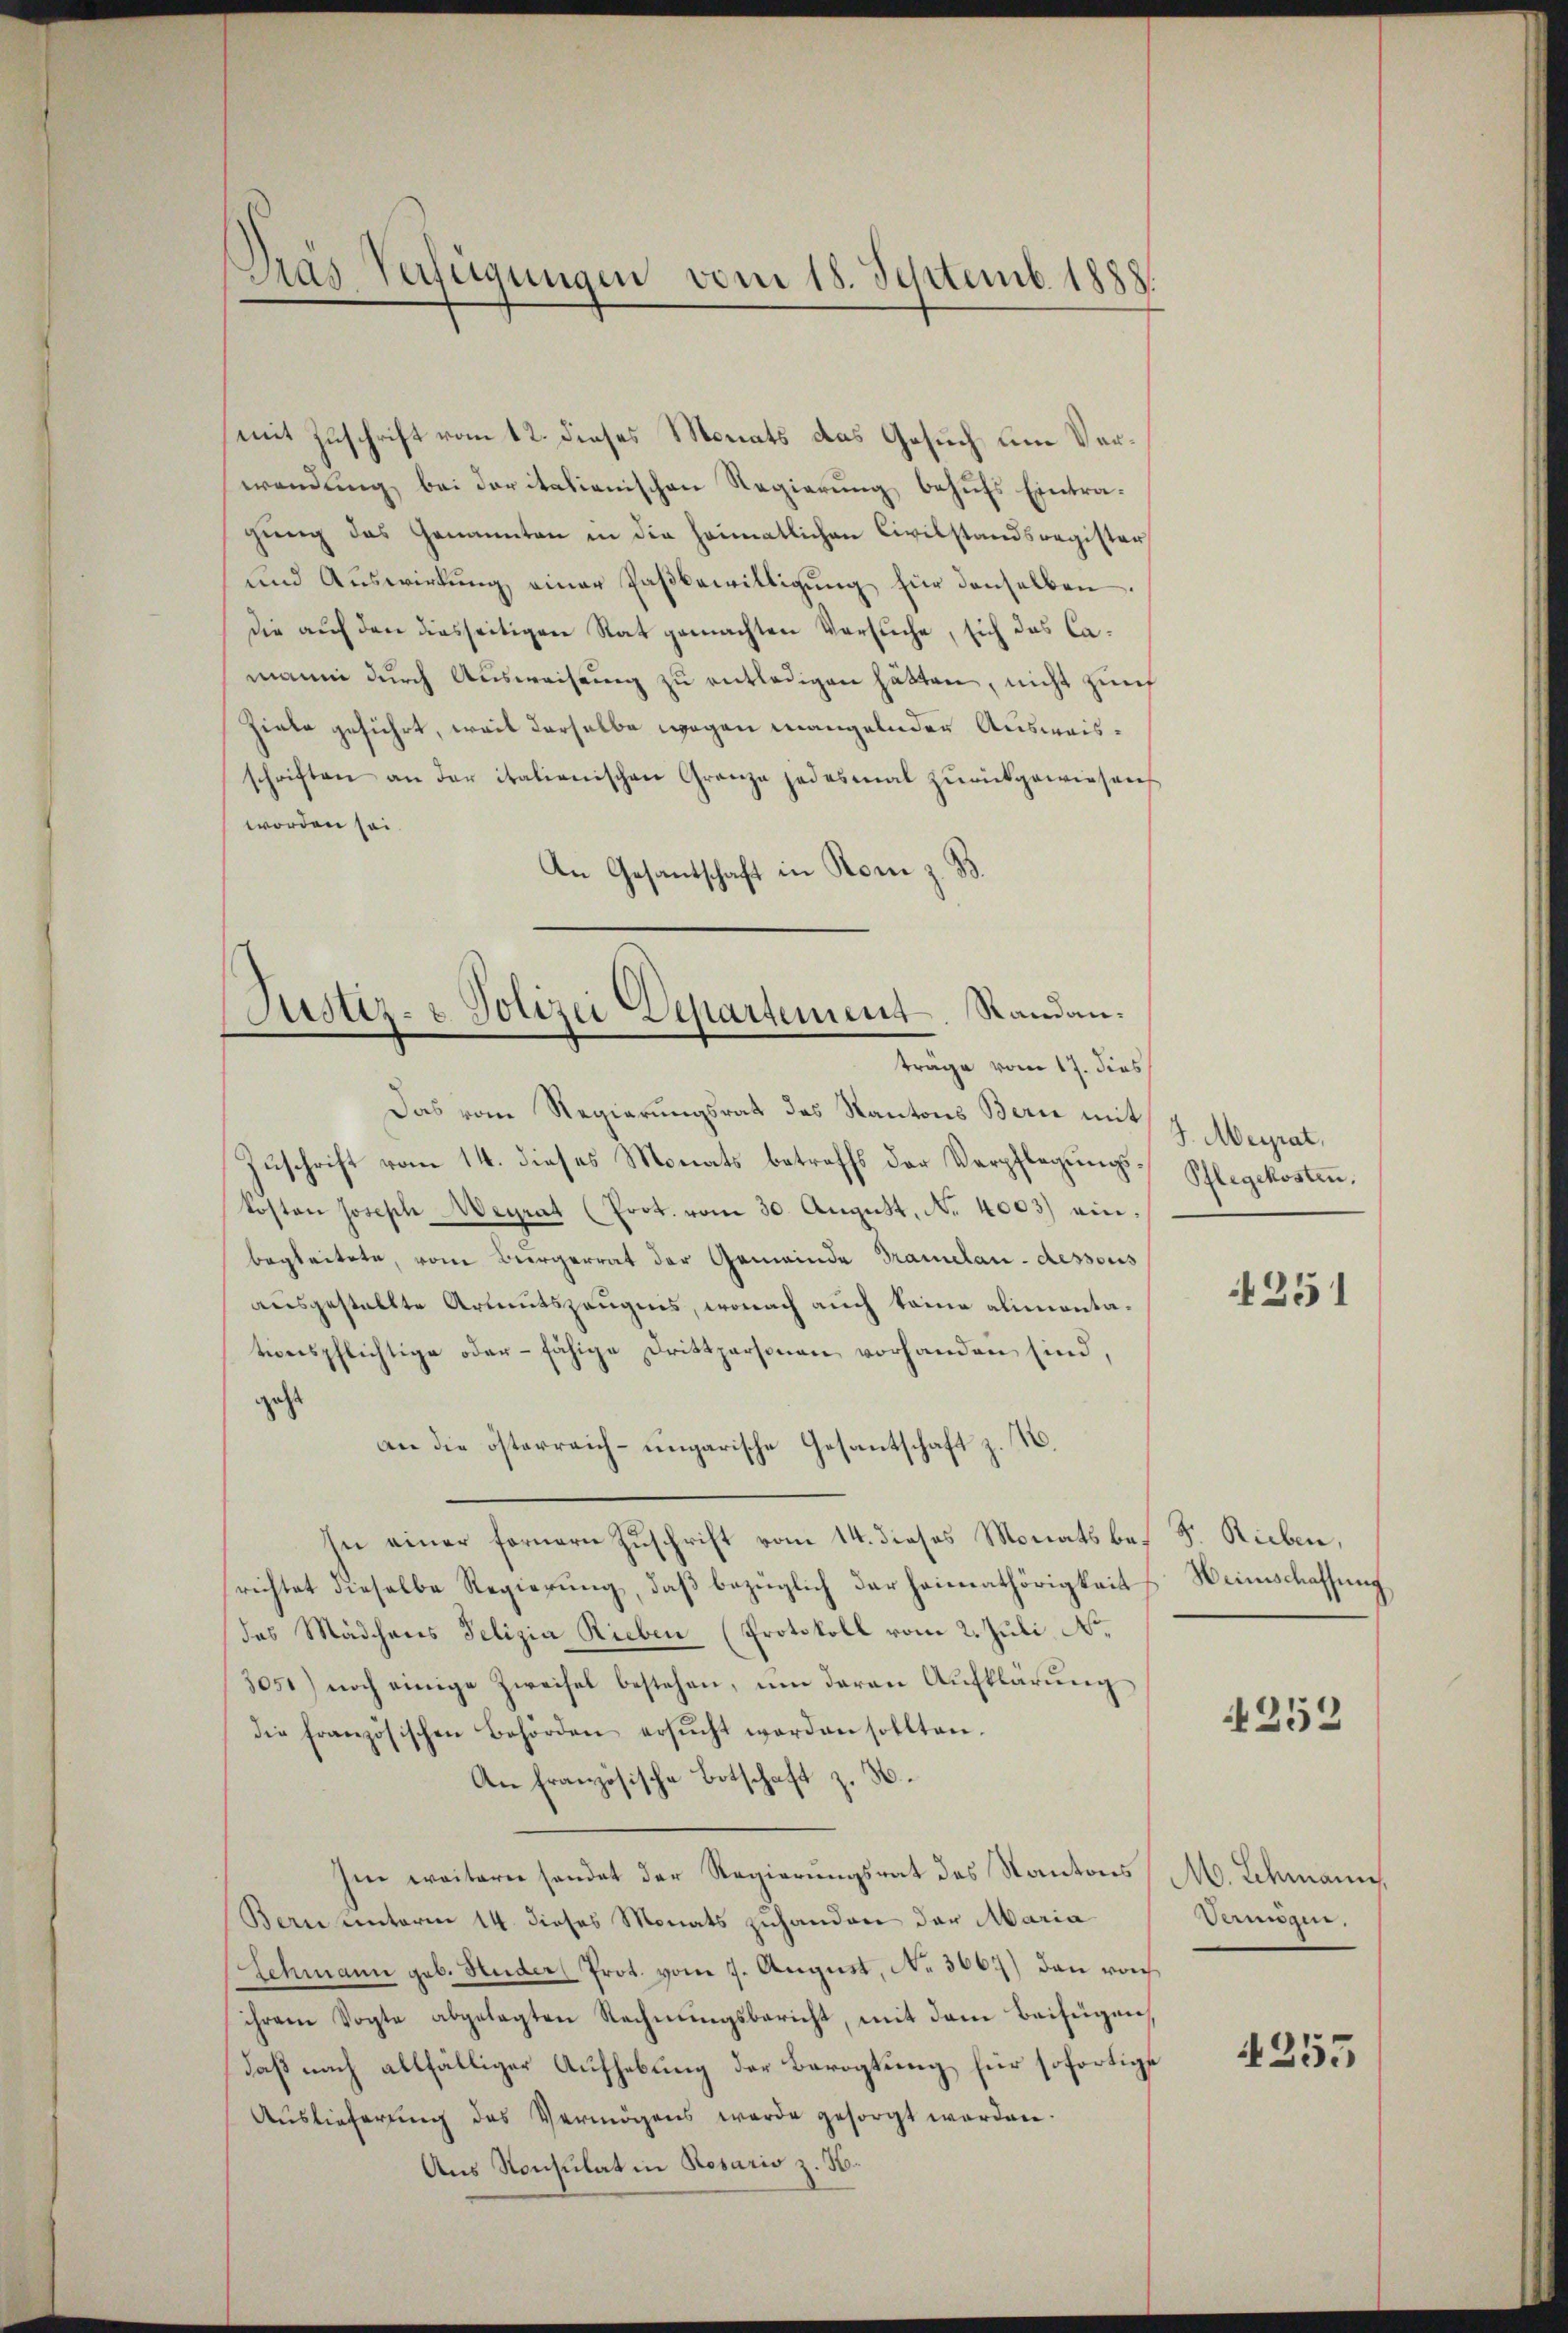
Dras Verfügungen vom 18. Septemb. 1888.

Justiz- & Polizei Departement Randanträge vom 17. dies

mit Zuschrift vom 12. dieses Monats das Gesuch um Verwendung bei der italienischen Regierung behufs Eintragung des Genannten in die heimatlichen Civilstandsregister
und Auswirkŭng einer Paβbewilligŭng für denselben
die auf den diesseitigen Rat gemachten Versuche, sich das Camann durch Ausweisung zu entledigen hätten, nicht zunf
Ziele geführt, weil derselbe wegen mangelnden Ausweisschriften an der italienischen Granze jedesmal zŭrückgewiesen
worden sei.
An Gesandschaft in Rom z. B.
Das vom Regierungsrath des Kantons Bern mit
Zuschrift vom 14. dieses Monats betreffs der Verpflegungskosten Joseph Weyrat (Prot. vom 30. August, No 4003) einbegleitete, vom Bergerrat der Gemeinde Tramelau-dessous
ausgestellte Arbeitszeugnis, wonach auch keine alimentationspflichtige oder fähige Drittpersonen vorhanden sind,
geht
an die österreich-ungarische Gesantschaft z. B.
hn einer fernern Zuschrift vom 14. dieses Monats be- F. Rieben,
richtet dieselbe Regierung, daß bezüglich der Heimathörigkeit
des Mädchens Felizia Rieben (Protokoll vom 2. Juli N.
305) noch einige Zweifel bestehen, ŭm daran Aufklärŭng
die französischen Behörden ersŭcht werden sollten.
An französische Botschaft z. B.
Im weitern sendet der Regierungsrat des Kantons
Bern unterm 14. dieses Monats zuhanden der Maria
Schmann geb. Ruder Prot. vom 7. August, No. 3667) dann von
ihrem Vogte abgelegten Rechnungsbericht, mit dem Beifügen,
daß nach allfälliger Aufhebung der Barogtung für sofortige
Auslieferung des Vermögens werde gesorgt worden.
Aus Konsulat in Rosaris z. H.

J. Meyrat.
Pflegekosten.

251

Weinschaffung

252

M. Schmann,
dangen,

4255